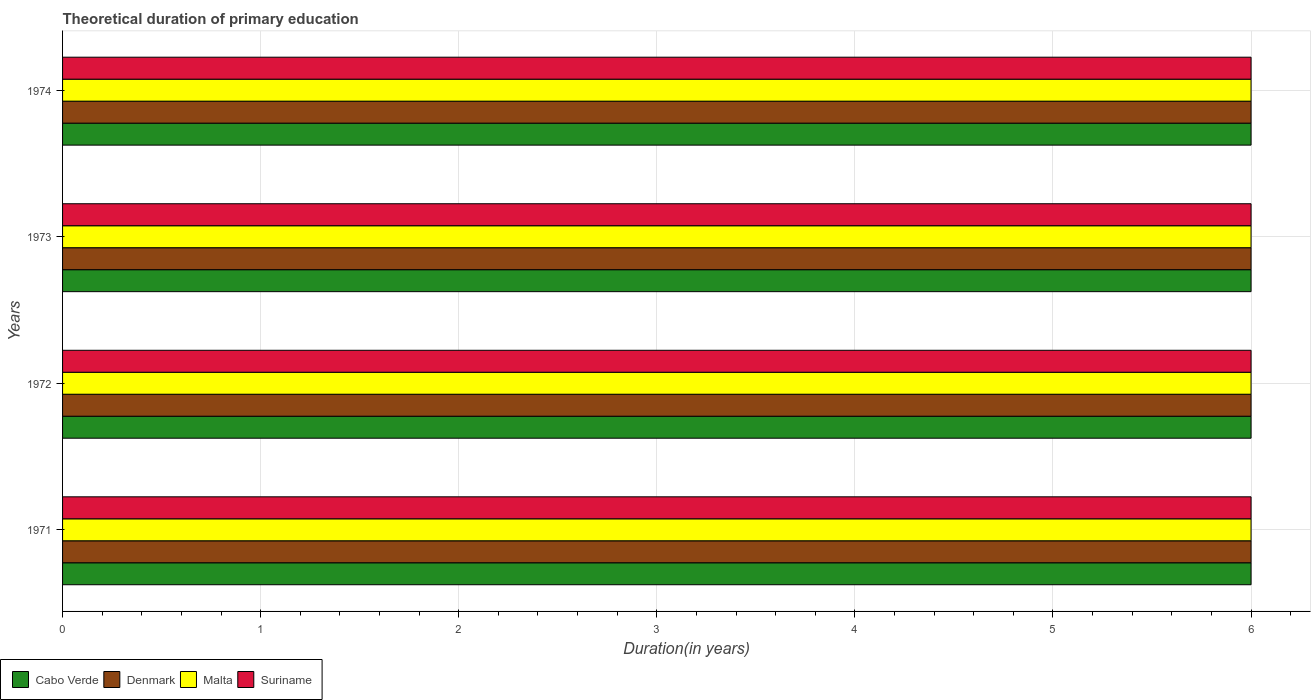
| Years | Cabo Verde | Denmark | Malta | Suriname |
 | --- | --- | --- | --- | --- |
 | 1971 | 6 | 6 | 6 | 6 |
 | 1972 | 6 | 6 | 6 | 6 |
 | 1973 | 6 | 6 | 6 | 6 |
 | 1974 | 6 | 6 | 6 | 6 |